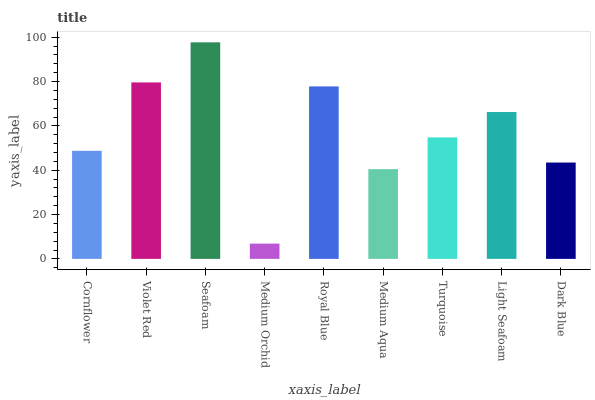
| xaxis_label | bars |
 | --- | --- |
 | Cornflower | 48.8 |
 | Violet Red | 79.6 |
 | Seafoam | 97.7 |
 | Medium Orchid | 6.89 |
 | Royal Blue | 77.8 |
 | Medium Aqua | 40.5 |
 | Turquoise | 54.8 |
 | Light Seafoam | 66.3 |
 | Dark Blue | 43.5 |